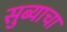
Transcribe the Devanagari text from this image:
सुब्याचा